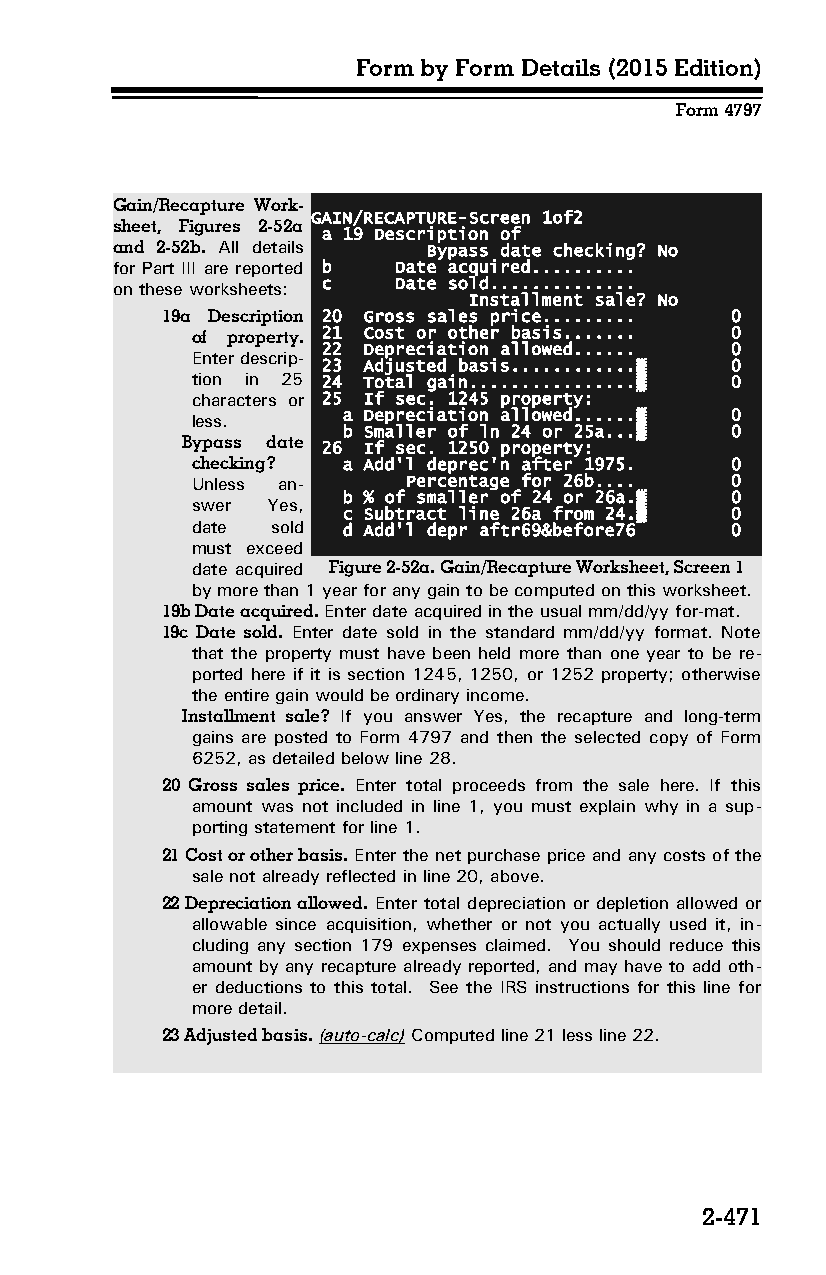
Form by Form Details (2015 Edition)
 Form 4797
 Gain/Recapture Work­
 GAIN/RECAPTURE-Screen 1of2
 sheet, Figures 2-52a
 a 19 Description of
 and 2-52b. All details Bypass date checking? No
 for Part III are reported b Date acquired..........
 on these worksheets: c Date sold..............
 Installment sale? No
 19a Description 20 Gross sales price......... 0
 of property. 21 Cost or other basis....... 0
 22 Depreciation allowed...... 0
 Enter descrip­
 23 Adjusted basis............▒ 0
 tion in 25 24 Total gain................▒ 0
 characters or 25 If sec. 1245 property:
 less.     a Depreciation allowed......▒ 0
 b Smaller of ln 24 or 25a...▒ 0
 Bypass date 26 If sec. 1250 property:
 checking? a Add'l deprec'n after 1975. 0
 Unless an­    Percentage for 26b.... 0
 b % of smaller of 24 or 26a.▒ 0
 swer Yes,
 c Subtract line 26a from 24.▒ 0
 date sold d Add'l depr aftr69&before76 0
 must exceed
 date acquired Figure 2-52a. Gain/Recapture Worksheet, Screen 1
 by more than 1 year for any gain to be computed on this worksheet.
 19b Date acquired. Enter date acquired in the usual mm/dd/yy for-mat.
 19c Date sold. Enter date sold in the standard mm/dd/yy format. Note
 that the property must have been held more than one year to be re­
 ported here if it is section 1245, 1250, or 1252 property; otherwise
 the entire gain would be ordinary income.
 Installment sale? If you answer Yes, the recapture and long-term
 gains are posted to Form 4797 and then the selected copy of Form
 6252, as detailed below line 28.
 20 Gross sales price. Enter total proceeds from the sale here. If this
 amount was not included in line 1, you must explain why in a sup­
 porting statement for line 1.
 21 Cost or other basis. Enter the net purchase price and any costs of the
 sale not already reflected in line 20, above.
 22 Depreciation allowed. Enter total depreciation or depletion allowed or
 allowable since acquisition, whether or not you actually used it, in­
 cluding any section 179 expenses claimed. You should reduce this
 amount by any recapture already reported, and may have to add oth­
 er deductions to this total. See the IRS instructions for this line for
 more detail.
 23 Adjusted basis. (auto-calc) Computed line 21 less line 22.
 2-471